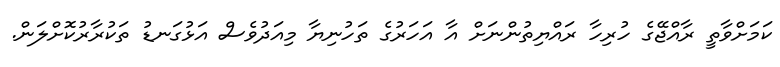
ކަމަށްވާތީ ރާއްޖޭގެ ހުރިހާ ރައްޔިތުންނަށް އާ އަހަރުގެ ތަހުނިޔާ މިއަދުވެސް އަޅުގަނޑު ތަކުރާރުކޮށްލަން.